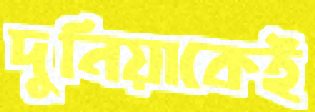
দুনিয়াকেই